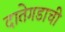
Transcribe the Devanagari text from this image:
दातेगडाची